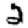
Digit: 2